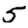
Digit: 5